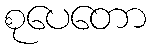
စုပေတော